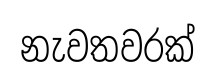
නැවතවරක්